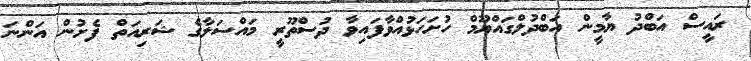
ރައީސް އަބްދު ޔާމީން އަބްދުލްގައްޔޫމް ހުށަހަޅުއްވާފައިވާ ދުސްތޫރީ މައްސަލާގެ ޝަރިއަތް ފެށުން އަންނަ